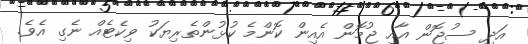
އަދި ސުޖޮން އާއި ޖުމޮން އެއިން ކޮންމެ ކުޅުންތެރިޔަކު ވިކެޓެއް ނެގި އެވެ.